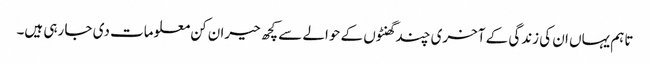
تاہم یہاں ان کی زندگی کے آخری چند گھنٹوں کے حوالے سے کچھ حیران کن معلومات دی جا رہی ہیں۔